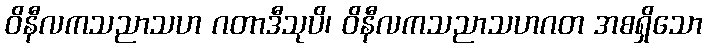
ဝိနီလကသညာသဟ ဂတာဒီသုပိ၊ ဝိနီလကသညာသဟဂတ အစရှိသော